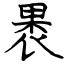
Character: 褁